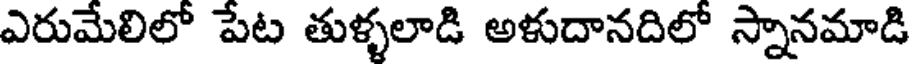
ఎరుమేలిలో పేట తుళ్ళలాడి అళుదానదిలో స్నానమాడి